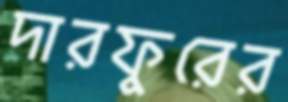
দারফুরের